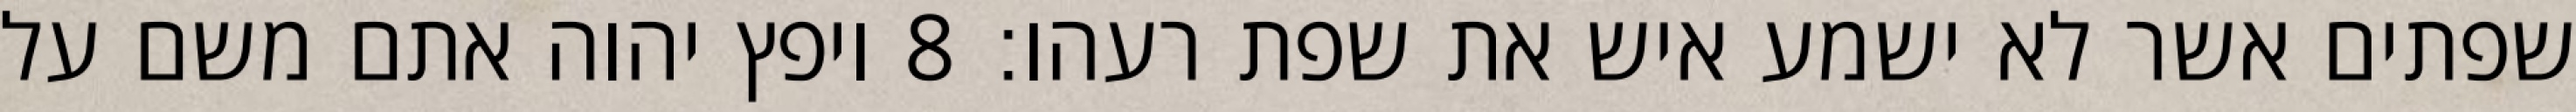
שפתים אשר לא ישמע איש את שפת רעהו׃ ‎8‏ ויפץ יהוה אתם משם על